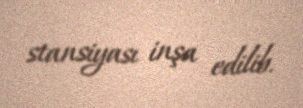
stansiyası inşa edilib.